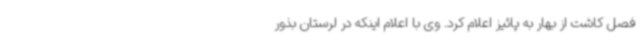
فصل کاشت از بهار به پائیز اعلام کرد. وی با اعلام اینکه در لرستان بذور